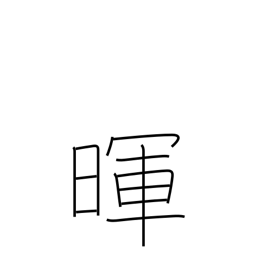
Meaning: light